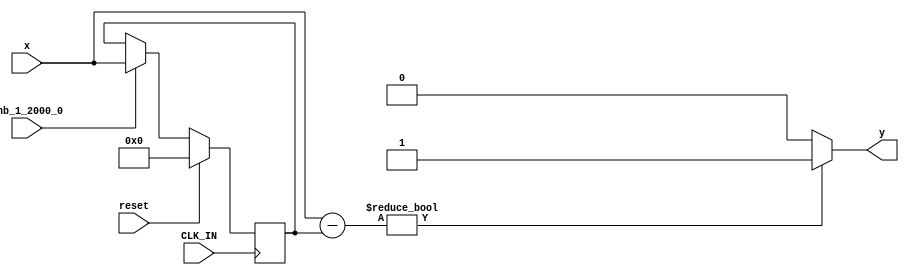
// -------------------------------------------------------------
// 
// 
// Generated by MATLAB 8.2 and HDL Coder 3.3
// 
// -------------------------------------------------------------


// -------------------------------------------------------------
// 
// Module: controllerHdl_Detect_Change
// Source Path: controllerHdl/Field_Oriented_Control/Open_Loop_Control/Generate_Position_And_Voltage_Ramp/Rotor_Acceleration_To_Velocity/Set_Acceleration/Detect_Change
// Hierarchy Level: 7
// 
// -------------------------------------------------------------

`timescale 1 ns / 1 ns

module controllerHdl_Detect_Change
          (
           CLK_IN,
           reset,
           enb_1_2000_0,
           x,
           y
          );


  input   CLK_IN;
  input   reset;
  input   enb_1_2000_0;
  input   signed [17:0] x;  // sfix18_En8
  output  y;


  reg signed [17:0] Delay_out1;  // sfix18_En8
  wire signed [18:0] Add_sub_cast;  // sfix19_En8
  wire signed [18:0] Add_sub_cast_1;  // sfix19_En8
  wire signed [18:0] Add_out1;  // sfix19_En8
  wire Compare_To_Zero2_out1;


  // <S30>/Delay
  always @(posedge CLK_IN)
    begin : Delay_process
      if (reset == 1'b1) begin
        Delay_out1 <= 18'sb000000000000000000;
      end
      else if (enb_1_2000_0) begin
        Delay_out1 <= x;
      end
    end



  // <S30>/Add
  assign Add_sub_cast = x;
  assign Add_sub_cast_1 = Delay_out1;
  assign Add_out1 = Add_sub_cast - Add_sub_cast_1;



  // <S30>/Compare To Zero2
  assign Compare_To_Zero2_out1 = (Add_out1 != 19'sb0000000000000000000 ? 1'b1 :
              1'b0);



  assign y = Compare_To_Zero2_out1;

endmodule  // controllerHdl_Detect_Change